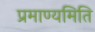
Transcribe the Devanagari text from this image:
प्रमाण्यमिति